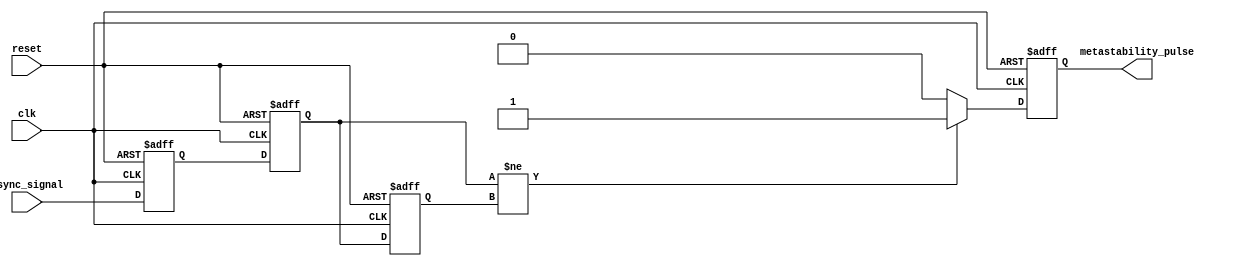
module metastability_detector (
    input wire clk,                // Sampling clock
    input wire async_signal,       // Asynchronous input signal
    input wire reset,              // Reset signal
    output reg metastability_pulse  // Output pulse indicating metastability
);

    reg ff1;                       // Output of the first D flip-flop
    reg ff2;                       // Output of the second D flip-flop
    reg ff2_prev;                  // Previous state of the second flip-flop

    // D Flip-Flop 1
    always @(posedge clk or posedge reset) begin
        if (reset) begin
            ff1 <= 1'b0;
        end else begin
            ff1 <= async_signal;  // Sample the asynchronous signal
        end
    end

    // D Flip-Flop 2
    always @(posedge clk or posedge reset) begin
        if (reset) begin
            ff2 <= 1'b0;
            ff2_prev <= 1'b0;     // Initialize previous state
        end else begin
            ff2 <= ff1;           // Sample the output of the first flip-flop
            ff2_prev <= ff2;      // Store the previous state of ff2
        end
    end

    // Pulse Generation Logic
    always @(posedge clk or posedge reset) begin
        if (reset) begin
            metastability_pulse <= 1'b0;
        end else begin
            // Generate a pulse on the transition of the second flip-flop
            if (ff2 != ff2_prev) begin
                metastability_pulse <= 1'b1; // Pulse indicating change
            end else begin
                metastability_pulse <= 1'b0; // Reset pulse if no change
            end
        end
    end

endmodule